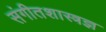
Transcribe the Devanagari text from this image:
संगीतशास्त्रज्ञ